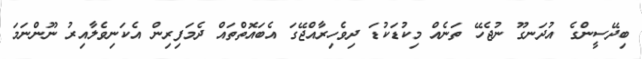
ބިދޭސީންގެ އުދަނގޫ ނުޖެހޭ ތަނެއް މިކުޑަކުޑަ ދިވެހިރާއްޖޭގަ އެބައޮތްތައް ދެމަފިރިން އެކަނިވެލާއިރު ނޫންނަމަ